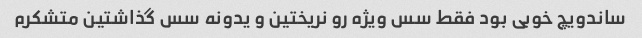
ساندویچ خوبی بود فقط سس ویژه رو نریختین و یدونه سس گذاشتین متشکرم